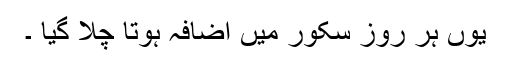
یوں ہر روز سکور میں اضافہ ہوتا چلا گیا ۔